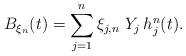
LaTeX: \begin{align*} B_{\xi_{n}}(t)=\sum_{j=1}^{n}\xi_{j,n}\ Y_{j}\, h_{j}^{n}(t). \end{align*}